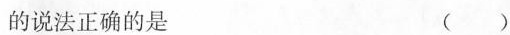
的说法正确的是 ( )